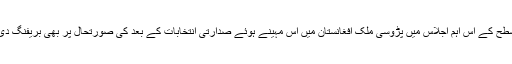
اعلیٰ سطح کے اس اہم اجلاس میں پڑوسی ملک افغانستان میں اس مہینے ہوئے صدارتی انتخابات کے بعد کی صورتحال پر بھی بریفنگ دی گئی۔